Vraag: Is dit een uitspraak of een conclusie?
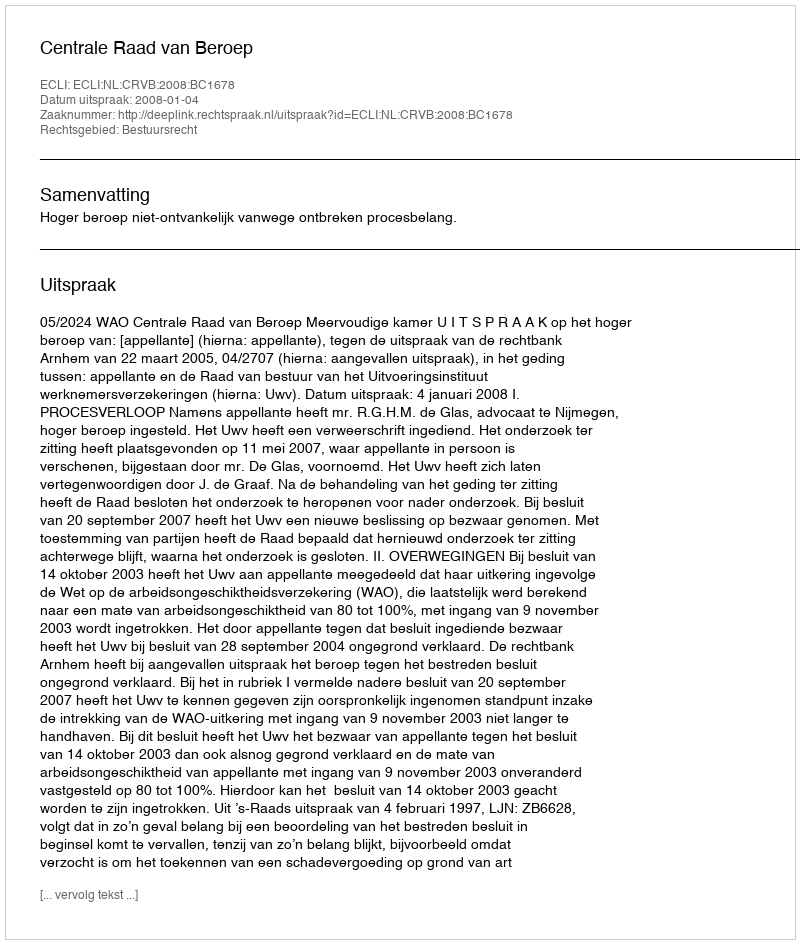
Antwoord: Uitspraak